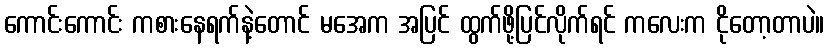
ကောင်းကောင်း ကစားနေရက်နဲ့တောင် မအေက အပြင် ထွက်ဖို့ပြင်လိုက်ရင် ကလေးက ငိုတော့တာပဲ။